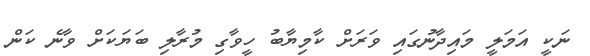
ނަކީ އަަމަލީ މައިދާނުގައި ވަރަށް ކާމިޔާބު ހީވާގި މުރާލި ބަޔަކަށް ވާނެ ކަން